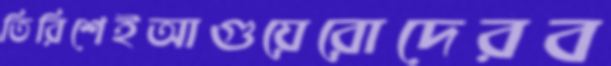
তিরিশেইআগুয়েরোদেরব